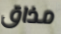
مذاق